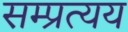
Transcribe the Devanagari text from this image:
सम्प्रत्यय